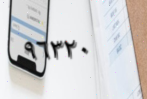
٩٦٣٢٠